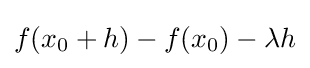
f(x_{0}+h)-f(x_{0})-\lambda h